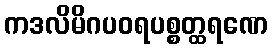
ကဒလိမိဂပဝရပစ္စတ္ထရဏေ